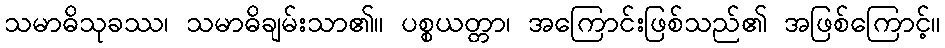
သမာဓိသုခဿ၊ သမာဓိချမ်းသာ၏။ ပစ္စယတ္တာ၊ အကြောင်းဖြစ်သည်၏ အဖြစ်ကြောင့်။